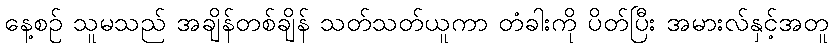
နေ့စဉ် သူမသည် အချိန်တစ်ချိန် သတ်သတ်ယူကာ တံခါးကို ပိတ်ပြီး အမားလ်နှင့်အတူ